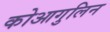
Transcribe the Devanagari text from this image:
कोआगुलिन